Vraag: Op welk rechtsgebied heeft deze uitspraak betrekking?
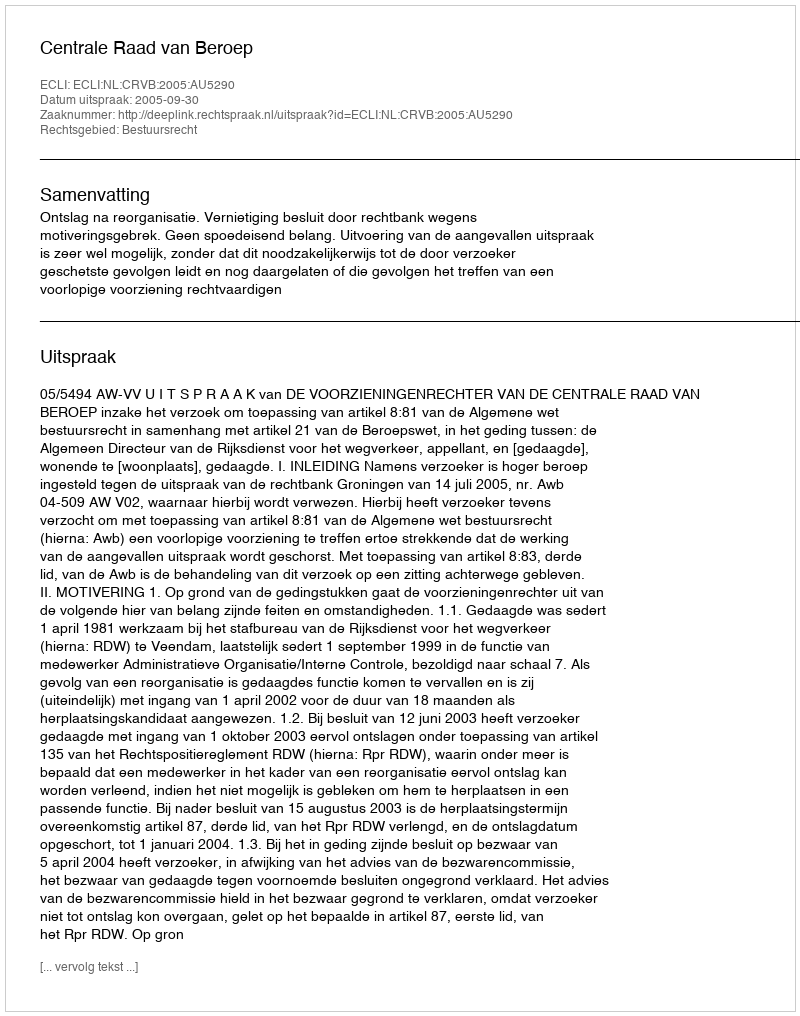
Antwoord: Bestuursrecht